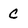
Character: c